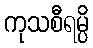
ကုသစီရမ္ပိ